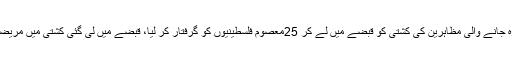
30 مئی2018ء) اسرائیلی بحریہ نے غزہ جانے والی مظاہرین کی کشتی کو قبضے میں لے کر 25معصوم فلسطینیوں کو گرفتار کر لیا، قبضے میں لی گئی کشتی میں مریضوں کے ساتھ ساتھہ زخمی بھی شامل ہیں۔